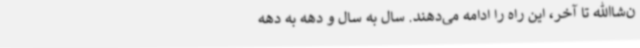
ن‌شاالله تا آخر، این راه را ادامه می‌دهند. سال به سال و دهه به دهه